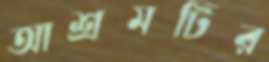
আশ্রমটির